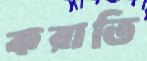
করাতি